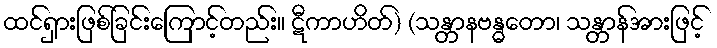
ထင်ရှားဖြစ်ခြင်းကြောင့်တည်း။ ဋီကာဟိတ်) (သန္တာနဗန္ဓတော၊ သန္တာန်အားဖြင့်